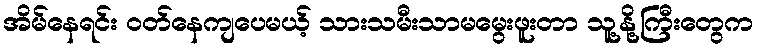
အိမ်နေရင်း ဝတ်နေကျပေမယ့် သားသမီးသာမမွေးဖူးတာ သူ့နို့ကြီးတွေက